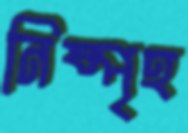
নিষ্পৃহ